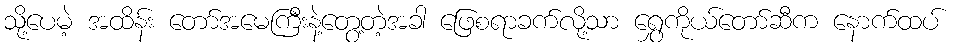
သို့ပေမဲ့ အထိန်း တော်အမေကြီးနဲ့တွေ့တဲ့အခါ ဖြေစရာခက်လို့သာ ရွှေကိုယ်တော်ဆီက နောက်ထပ်